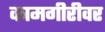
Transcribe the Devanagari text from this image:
कामगीरीवर